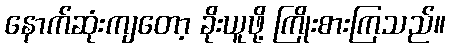
နောက်ဆုံးကျတော့ ခိုးယူဖို့ ကြိုးစားကြသည်။